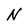
Character: N